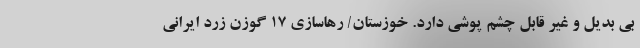
بی بدیل و غیر قابل چشم پوشی دارد. خوزستان/ رهاسازی ۱۷ گوزن زرد ایرانی